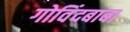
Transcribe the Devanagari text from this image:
गोविंदबाबा